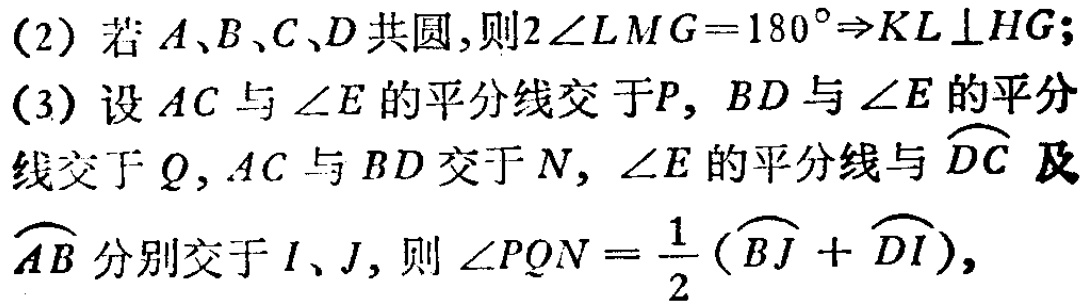
(2) 若 \(A、B、C、D\) 共圆，则 \(2\angle LMG = 180^{\circ}\Rightarrow KL\perp HG\)；
(3) 设 \(AC\) 与 \(\angle E\) 的平分线交于 \(P\)，\(BD\) 与 \(\angle E\) 的平分线交于 \(Q\)，\(AC\) 与 \(BD\) 交于 \(N\)，\(\angle E\) 的平分线与 \(\overset{\frown}{DC}\) 及 \(\overset{\frown}{AB}\) 分别交于 \(I、J\)，则 \(\angle PQN=\frac{1}{2}(\overset{\frown}{BJ}+\overset{\frown}{DI})\)，